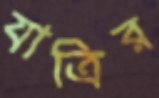
যাত্রির